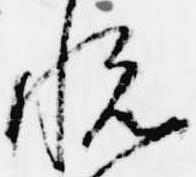
悦